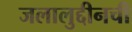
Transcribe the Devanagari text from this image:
जलालुद्दीनची